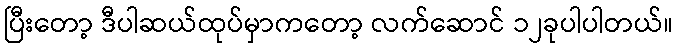
ပြီးတော့ ဒီပါဆယ်ထုပ်မှာကတော့ လက်ဆောင် ၁၂ခုပါပါတယ်။